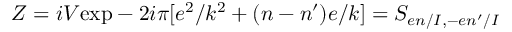
{ \cal Z } = i V \mathrm { e x p } - 2 i \pi [ e ^ { 2 } / k ^ { 2 } + ( n - n ^ { \prime } ) e / k ] = S _ { e n / I , - e n ^ { \prime } / I }